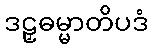
ဒဠှဓမ္မာတိပဒံ